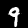
Label: 9